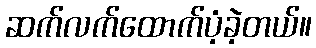
ဆက်လက်ထောက်ပံ့ခဲ့တယ်။